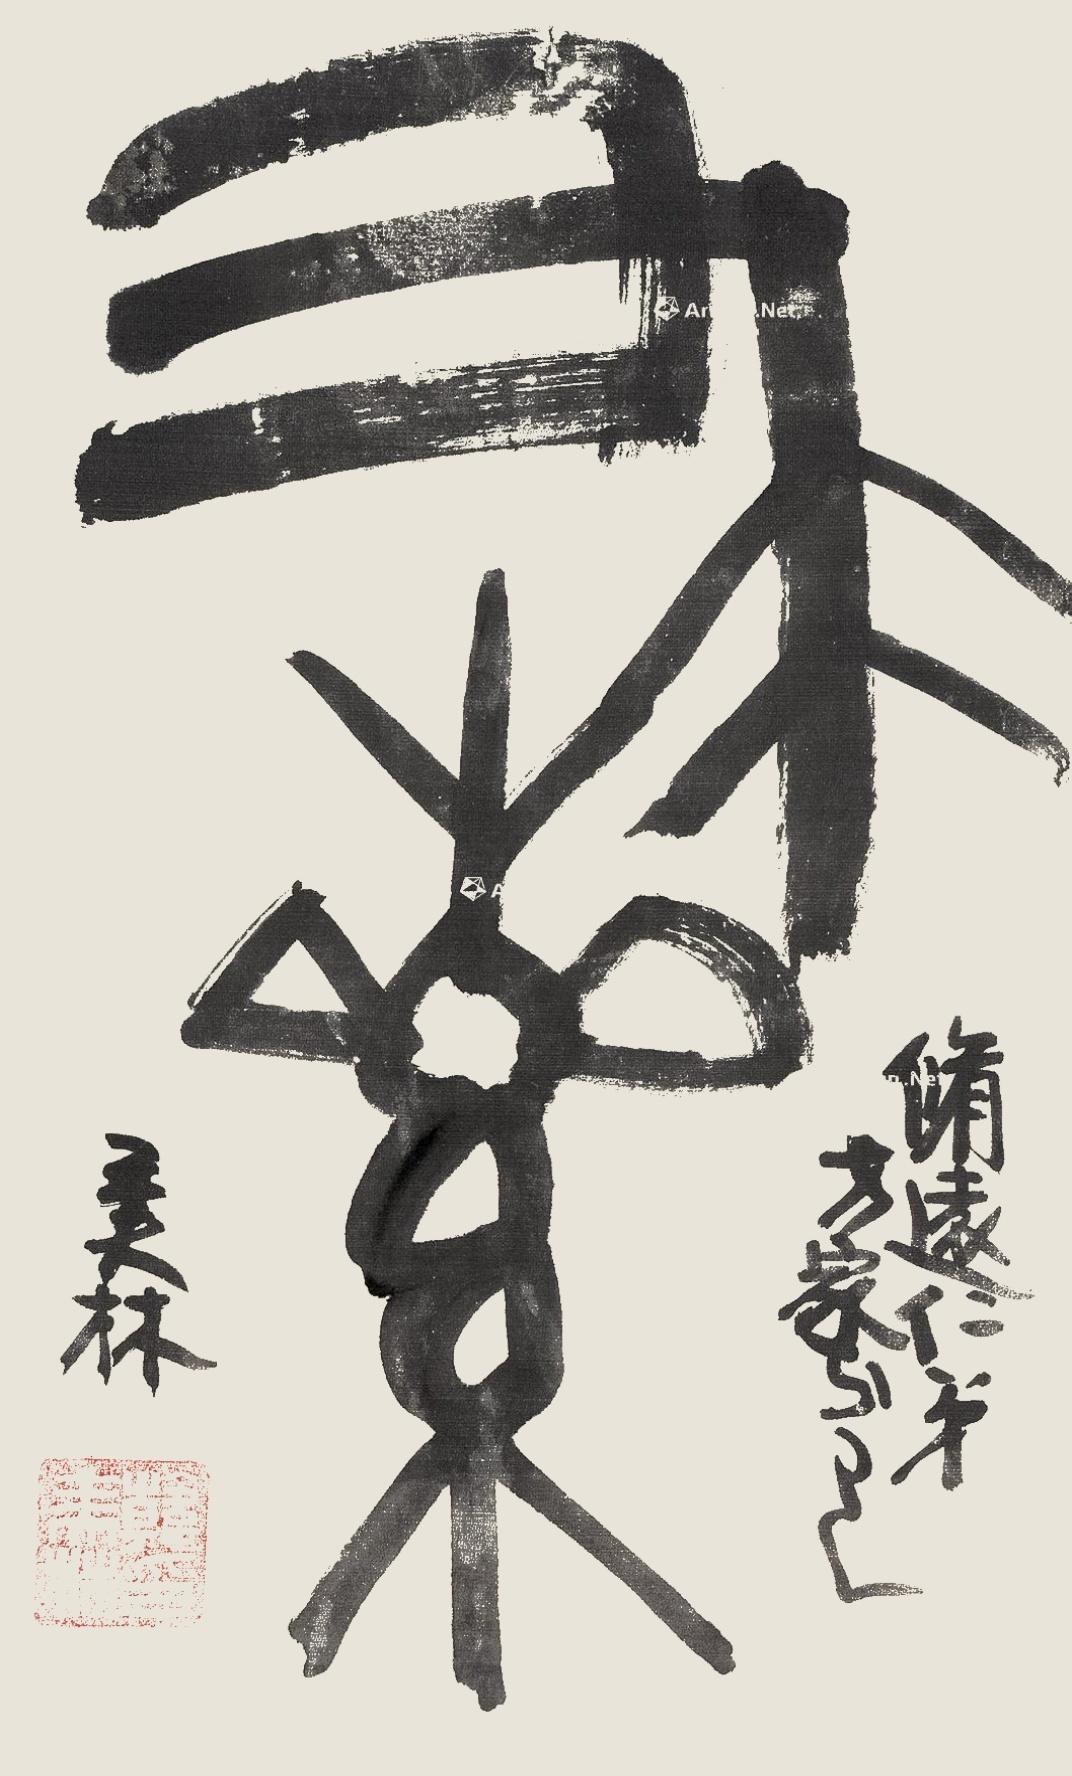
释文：求索。修远仁弟方家正之，美林。